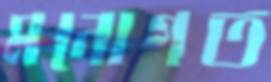
মনোগত